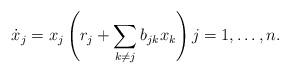
LaTeX: \begin{align*} \dot{x}_j = x_j\left(r_j + \sum_{k\neq j} b_{jk} x_k\right) j = 1, \ldots, n.\end{align*}